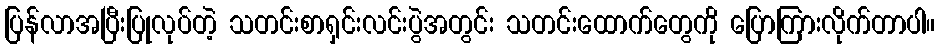
ပြန်လာအပြီးပြုလုပ်တဲ့ သတင်းစာရှင်းလင်းပွဲအတွင်း သတင်းထောက်တွေကို ပြောကြားလိုက်တာပါ။